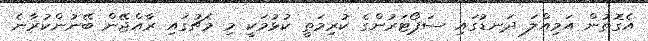
އެގޮތުން އަމިއްލަ ދަނޑުގައި ސަޕޯޓަރުންގެ ކުރިމަތީ ކުޅުމަކީ މި މެޗުގައި ރާއްޖޭން ބޭނުންކުރާނެ